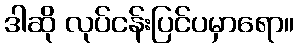
ဒါဆို လုပ်ငန်းပြင်ပမှာရော။